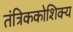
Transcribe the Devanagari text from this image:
तंत्रिककोशिक्य